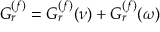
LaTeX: G _ { r } \sp { ( f ) } = G _ { r } \sp { ( f ) } ( \nu ) + G _ { r } \sp { ( f ) } ( \omega )